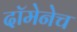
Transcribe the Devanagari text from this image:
दॉमेनेच